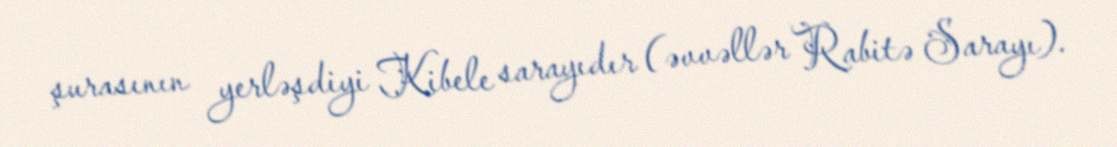
şurasının yerləşdiyi Kibele sarayıdır (əvvəllər Rabitə Sarayı).